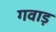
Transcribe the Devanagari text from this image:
गवाड़